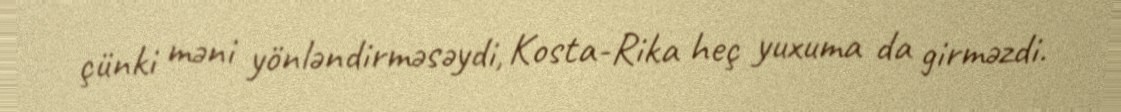
çünki məni yönləndirməsəydi, Kosta-Rika heç yuxuma da girməzdi.